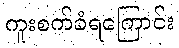
ကူးစက်ခံရကြောင်း